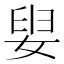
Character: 𡝨